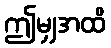
ဤမျှအထိ